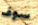
سوف